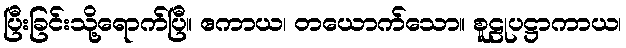
ပြီးခြင်းသို့ရောက်ပြီ။ ဧကာယ၊ တယောက်သော။ စူဠုပဋ္ဌာကာယ၊